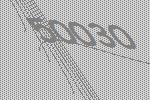
50030